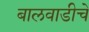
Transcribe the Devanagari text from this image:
बालवाडीचे